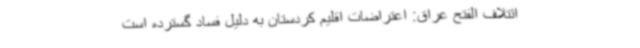
ائتلاف الفتح عراق: اعتراضات اقلیم کردستان به دلیل فساد گسترده است